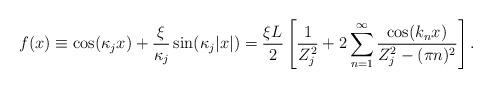
LaTeX: \begin{align*}f(x)\equiv\cos(\kappa_j x) + \frac{\xi}{\kappa_j} \sin(\kappa_j |x|) =\frac{\xi L}{2}\left[ \frac{1}{Z_j^2} + 2\sum_{n=1}^\infty \frac{\cos(k_n x)}{Z_j^2-(\pi n)^2}\right].\end{align*}